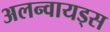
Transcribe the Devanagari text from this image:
अलन्वायड्स